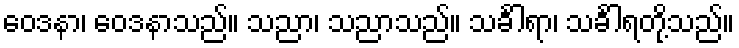
ဝေဒနာ၊ ဝေဒနာသည်။ သညာ၊ သညာသည်။ သင်္ခါရာ၊ သင်္ခါရတို့သည်။